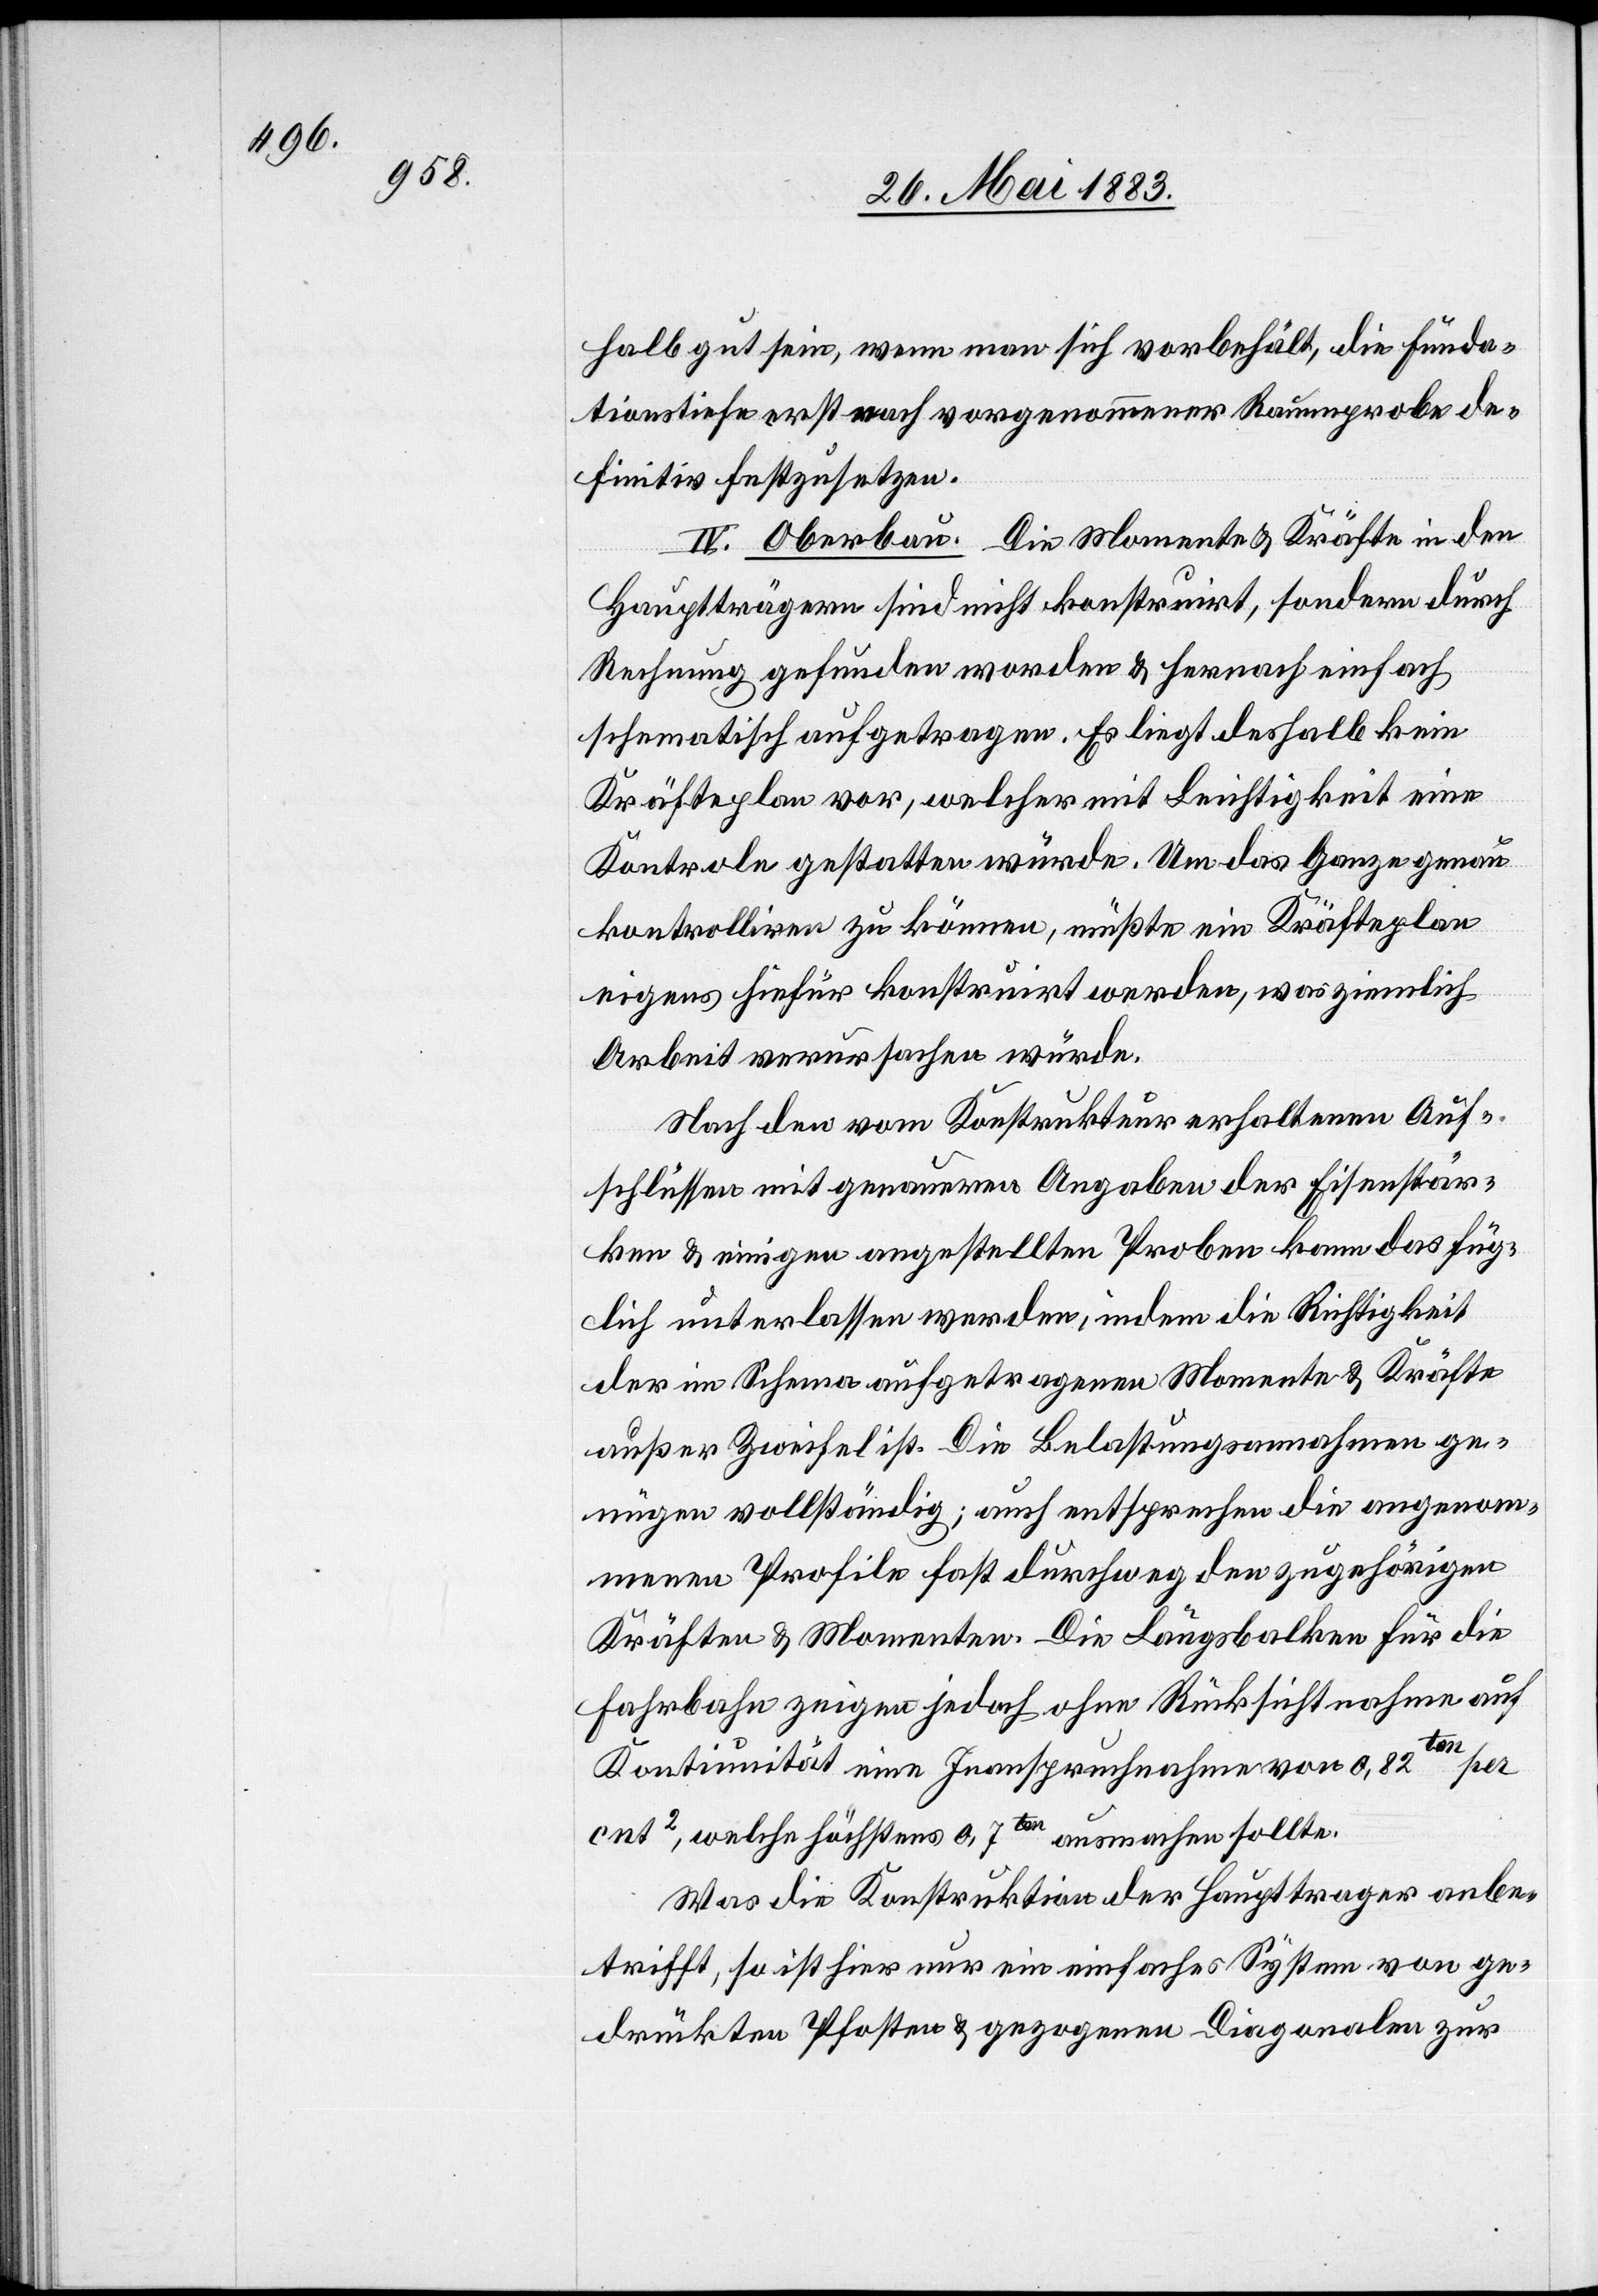
halb gut sein, wenn man sich vorbehält, die Funda¬
tionstiefe erst nach vorgenommener Raumprobe de¬
finitiv festzusetzen.
IV. Oberbau. Die Momente & Kräfte in den
Hauptträgern sind nicht konstruirt, sondern durch
Rechnung gefunden worden & hernach einfach
schematisch aufgetragen. Es liegt deshalb kein
Kräfteplan vor, welcher mit Leichtigkeit eine
Kontrole gestatten würde. Um das ganze genau
kontrolliren zu können, müßte ein Kräfteplan
eigens hiefür konstruirt werden, was ziemlich
Arbeit verursachen würde.
Nach den vom Konstrukteur erhaltenen Auf¬
schlüssen mit genaueren Angaben der Eisenstär¬
ken & einigen angestellten Proben kann das füg¬
lich unterlassen werden, indem die Richtigkeit
der im Schema aufgetragenen Momente & Kräfte
außer Zweifel ist. Die Belastungsannahmen ge¬
nügen vollständig; auch entsprechen die angenom¬
menen Profile fast durchweg den zugehörigen
Kräften & Momenten. Die Längsbalken für die
Fahrbahn zeigen jedoch ohne Rücksichtnahme auf
Kontiunität eine Inanspruchnahme von 0,82ton per
cnt2, welche höchstens 0,7ton ausmachen sollte.
Was die Konstruktion der Haupttrager [sic!] anbe¬
trifft, so ist hier nur ein einfaches System von ge¬
drückten Pfosten & gezogenen Diagonalen zur